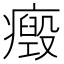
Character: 𤻏